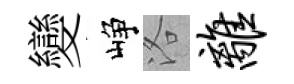
變峥洛离